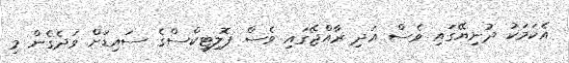
އެކަމަކު ދުނިޔޭގައި ވެސް އަދި ރާއްޖޭގައި ވެސް ޕޮލިޓިކްސްގެ ސައިޑަށް ވަދެގެން މި